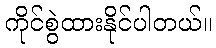
ကိုင်စွဲထားနိုင်ပါတယ်။